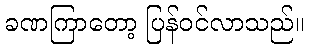
ခဏကြာတော့ ပြန်ဝင်လာသည်။